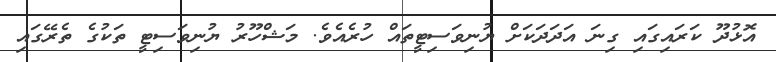
އޮޅުދޫ ކަރައިގައި ގިނަ އަދަދަކަށް ޔުނިވަސިޓީތައް ހުރެއެވެ. މަޝްހޫރު ޔުނިވަސިޓީ ތަކުގެ ތެރޭގައި